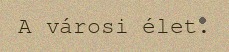
A városi élet.